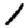
Digit: 1